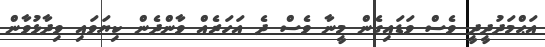
އަޙްމަދުދީދީ ވެސް ވަޑައިގެން މީނާ ވެސް ދެ އަހަރެއް ވާންދެން ކިޔަވައި ވިދާޅުވާން